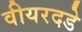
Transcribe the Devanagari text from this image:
वीयरदडे